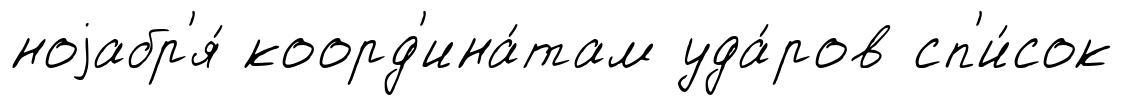
ноjабр'я́ коорд'ина́там уда́ров сп'и́сок